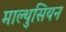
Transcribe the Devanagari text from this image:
माल्थुसियन